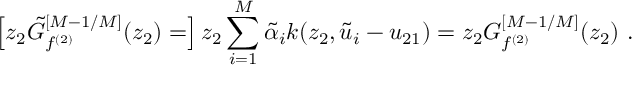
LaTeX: \left[ z _ { 2 } { \tilde { \cal G } } _ { f ^ { ( 2 ) } } ^ { [ M - 1 / M ] } ( z _ { 2 } ) = \right] z _ { 2 } \sum _ { i = 1 } ^ { M } { \tilde { \alpha } } _ { i } k ( z _ { 2 } , { \tilde { u } } _ { i } - u _ { 2 1 } ) = z _ { 2 } G _ { f ^ { ( 2 ) } } ^ { [ M - 1 / M ] } ( z _ { 2 } ) \ .